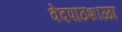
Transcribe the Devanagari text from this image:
वेदपाठशाळा